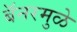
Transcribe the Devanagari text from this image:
बॅनरमुळे